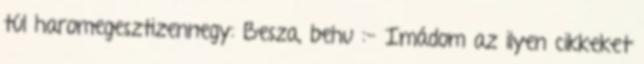
túl haromegesztizennegy: Besza, behu :- Imádom az ilyen cikkeket